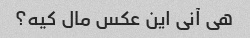
هی آنی این عکس مال کیه؟